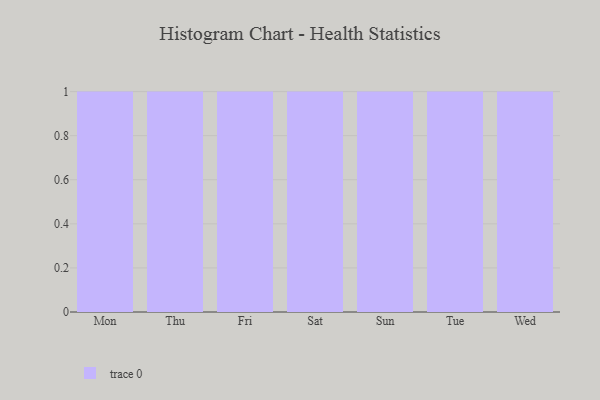
{"axis": {"x": "Day", "y": "Humidity (%)"}, "legend": [""], "data": [{"x": "Mon", "y": 31, "type": ""}, {"x": "Thu", "y": 84, "type": ""}, {"x": "Fri", "y": 8, "type": ""}, {"x": "Sat", "y": 29, "type": ""}, {"x": "Sun", "y": 29, "type": ""}, {"x": "Tue", "y": 57, "type": ""}, {"x": "Wed", "y": 13, "type": ""}]}